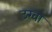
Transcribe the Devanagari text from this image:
उरवा